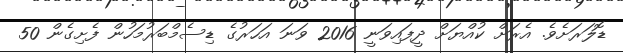
ޑޮލަރަށެވެ. އެރަށް ކުއްޔަށް ދީފައިވަނީ 2016 ވަނަ އަހަރުގެ ޑިސެމްބަރުމަހުން ފެށިގެން 50